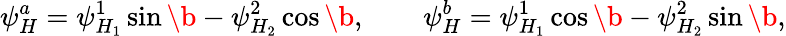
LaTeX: \psi_{H}^{a}=\psi_{H_{1}}^{1}\sin\b-\psi_{H_{2}}^{2}\cos\b,\qquad\psi_{H}^{b}=\psi_{H_{1}}^{1}\cos\b-\psi_{H_{2}}^{2}\sin\b,